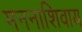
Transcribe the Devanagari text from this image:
मननाशिवाय